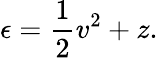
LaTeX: \epsilon=\frac{1}{2}v^{2}+z.